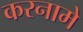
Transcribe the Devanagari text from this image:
करनामे